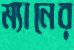
ম্যানের